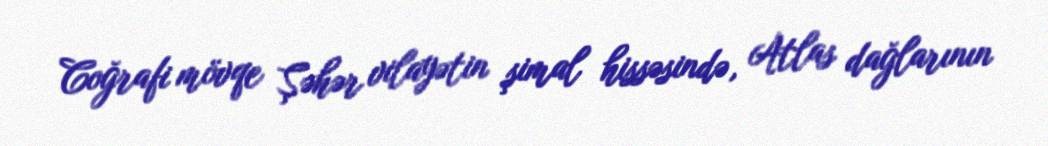
Coğrafi mövqe Şəhər vilayətin şimal hissəsində, Atlas dağlarının